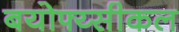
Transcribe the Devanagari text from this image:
बयोफ्य्सीकल